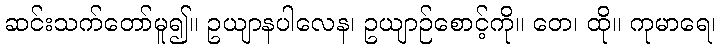
ဆင်းသက်တော်မူ၍။ ဥယျာနပါလေန၊ ဥယျာဉ်စောင့်ကို။ တေ၊ ထို။ ကုမာရေ၊